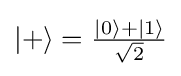
|+\rangle ={\tfrac {|0\rangle +|1\rangle }{\sqrt {2}}}